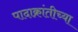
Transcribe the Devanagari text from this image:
पादाक्रांतीच्या